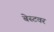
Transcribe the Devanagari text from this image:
बेस्टवर